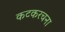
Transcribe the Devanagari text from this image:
कटकरचना